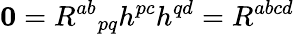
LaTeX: \mathbf{0}=R^{ab}{}_{pq}h^{pc}h^{qd}=R^{abcd}